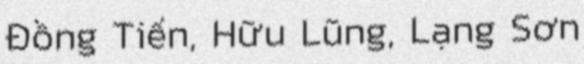
Đồng Tiến, Hữu Lũng, Lạng Sơn